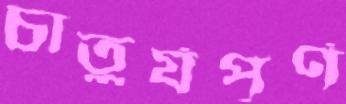
চাতুর্যপূর্ণ